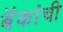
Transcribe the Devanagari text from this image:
बॅकांची